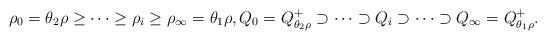
LaTeX: \begin{align*}\rho_0=\theta_2\rho \geq \cdots \geq \rho_i \geq \rho_\infty=\theta_1 \rho,Q_0=Q^+_{\theta_2\rho} \supset \cdots \supset Q_i \supset \cdots \supset Q_\infty=Q^+_{\theta_1\rho}.\end{align*}